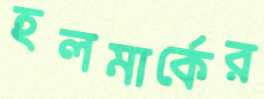
হলমার্কের